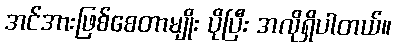
အင်အားဖြစ်စေတာမျိုး ပိုပြီး အလိုရှိပါတယ်။